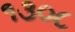
૧૩૦૮